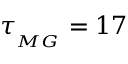
\tau _ { _ { M G } } = 1 7